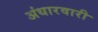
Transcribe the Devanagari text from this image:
अंधारवारी